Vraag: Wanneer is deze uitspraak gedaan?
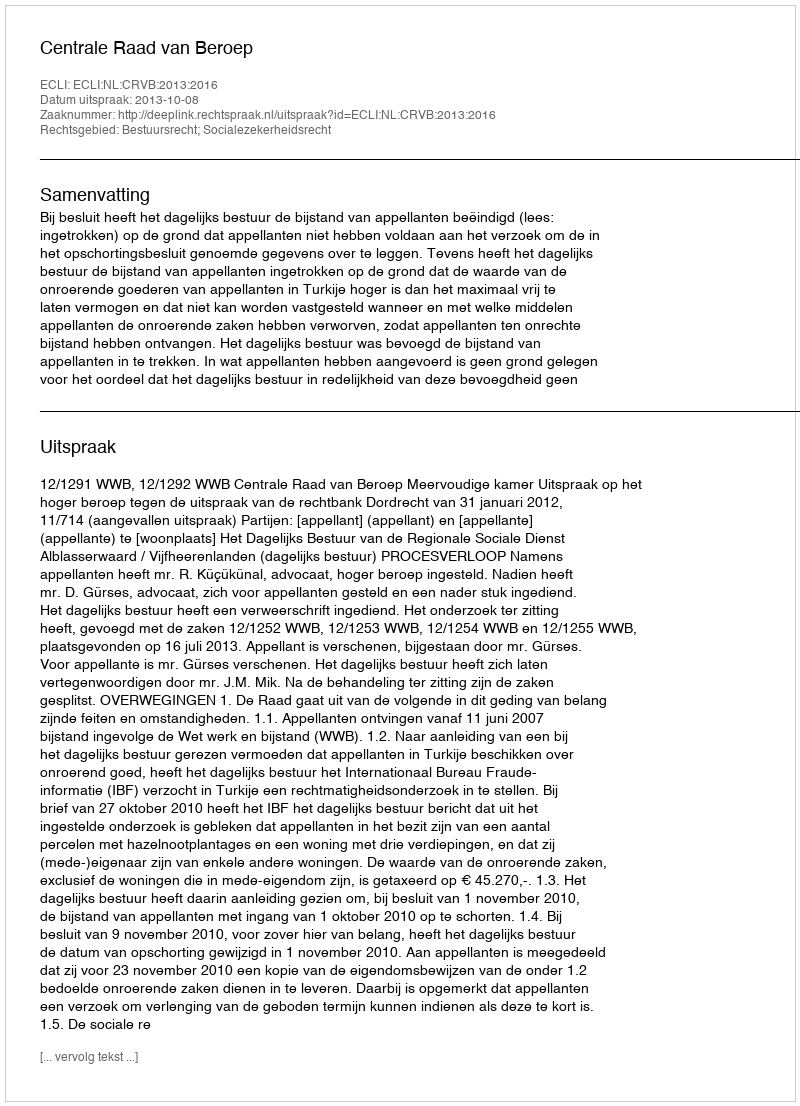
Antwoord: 2013-10-08